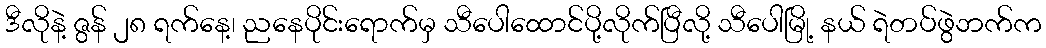
ဒီလိုနဲ့ ဇွန် ၂၈ ရက်နေ့၊ ညနေပိုင်းရောက်မှ သီပေါထောင်ပို့လိုက်ပြီလို့ သီပေါမြို့ နယ် ရဲတပ်ဖွဲဘက်က